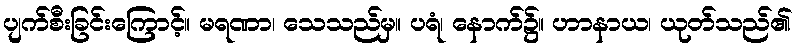
ပျက်စီးခြင်းကြောင့်။ မရဏာ၊ သေသည်မှ။ ပရံ၊ နောက်၌။ ဟာနာယ၊ ယုတ်သည်၏